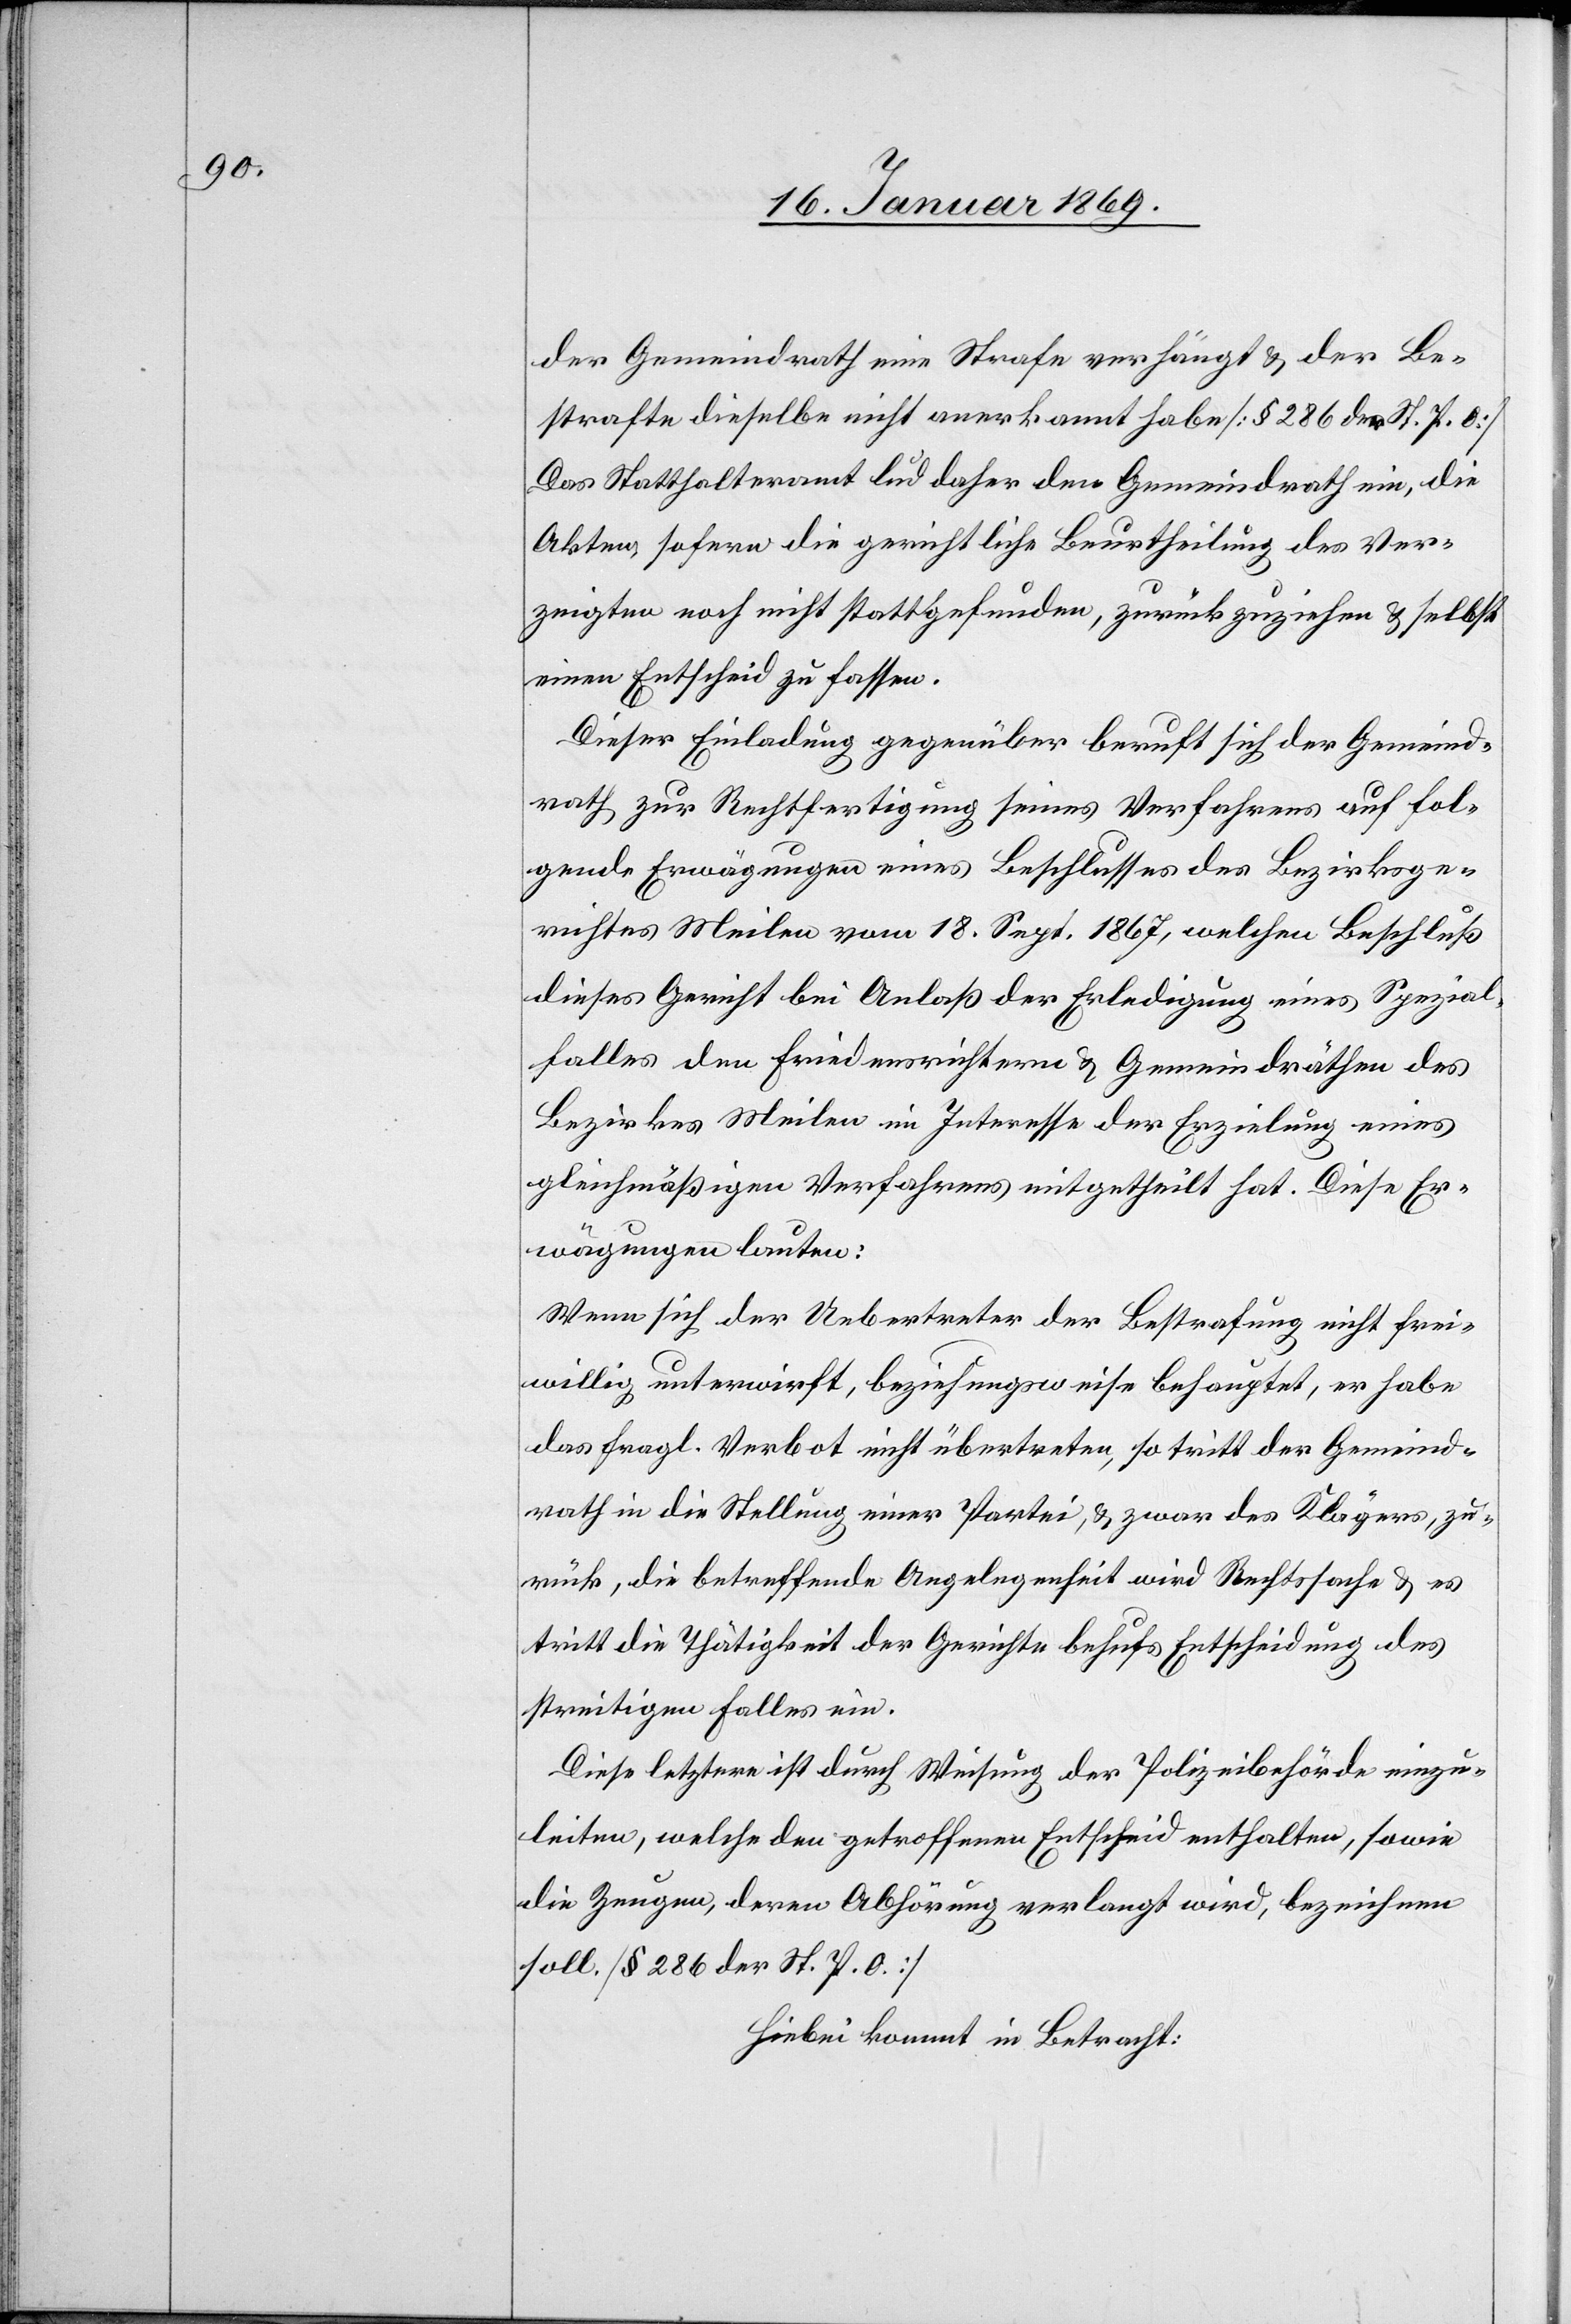
der Gemeindrath eine Strafe verhängt u. der Be¬
strafte dieselbe nicht anerkannt habe [§ 286 der St. P. O.]
Das Statthalteramt lud daher den Gemeindrath ein, die
Akten, sofern die gerichtliche Beurtheilung des Ver¬
zeigten noch nicht stattgefunden, zurückzuziehen u. selbst
einen Entscheid zu fassen.
Dieser Einladung gegenüber beruft sich der Gemeind¬
rath zur Rechtfertigung seines Verfahrens auf fol¬
gende Erwägungen eines Beschlusses des Bezirksge¬
richtes Meilen vom 18. Sept. 1867, welchen Beschluß
dieses Gericht bei Anlaß der Erledigung eines Spezial¬
falles den Friedensrichtern u. Gemeindräthen des
Bezirkes Meilen im Interesse der Erzielung eines
gleichmäßigen Verfahrens mitgetheilt hat. Diese Er¬
wägungen lauten:
Wenn sich der Uebertreter der Bestrafung nicht frei¬
willig unterwirft, beziehungsweise behauptet, er habe
das fragl. Verbot nicht übertreten, so tritt der Gemeind¬
rath in die Stellung einer Partei, u. zwar des Klägers, zu¬
rück, die betreffende Angelegenheit wird Rechtssache u. es
tritt die Thätigkeit der Gerichte behufs Entscheidung des
streitigen Falles ein.
Diese letztere ist durch Weisung der Polizeibehörde einzu¬
leiten, welche den getroffenen Entscheid enthalten, sowie
die Zeugen, deren Abhörung verlangt wird, bezeichnen
soll. [§ 286 der St. P. O.].
Hiebei kommt in Betracht: